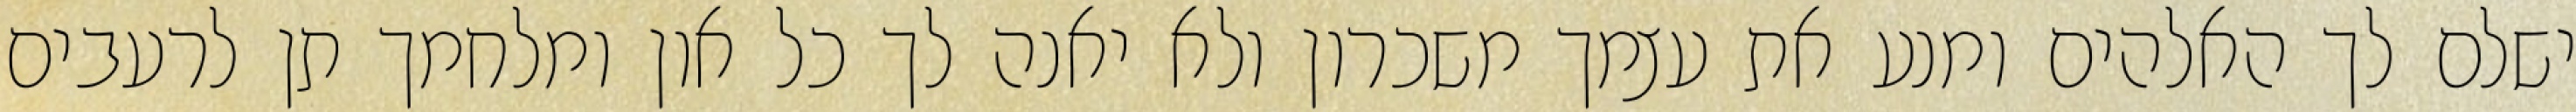
ישלם לך האלהים ומנע את עצמך משכרון ולא יאנה לך כל און ומלחמך תן לרעבים